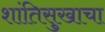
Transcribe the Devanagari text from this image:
शांतिसुखाचा